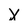
Character: X